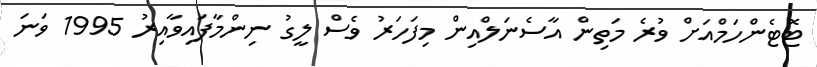
ޓޮޓެންހަމްއަށް ވުރެ މަތިން އާސެނަލްއިން މިފަހަރު ވެސް ލީގު ނިންމާފައިވާއިރު 1995 ވަނަ